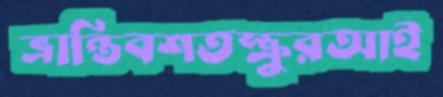
ভ্রান্তিবশতস্ক্রুরআই